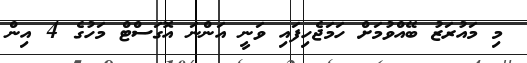
މި މައުރަޒު ބޭއްވުމަށް ހަމަޖެހިފައި ވަނީ އަންނަ އޮގަސްޓް މަހުގެ 4 އިން